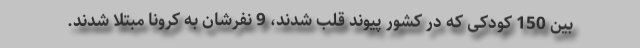
بین 150 کودکی که در کشور پیوند قلب شدند، 9 نفرشان به کرونا مبتلا شدند.